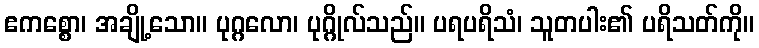
ဧကစ္စော၊ အချို့သော။ ပုဂ္ဂလော၊ ပုဂ္ဂိုလ်သည်။ ပရပရိသံ၊ သူတပါး၏ ပရိသတ်ကို။